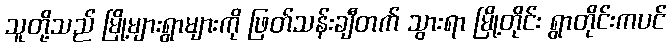
သူတို့သည် မြို့များရွာများကို ဖြတ်သန်းချီတက် သွားရာ မြို့တိုင်း ရွာတိုင်းကပင်